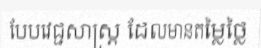
បែបវេជ្ជសាស្ត្រ ដែលមានតម្លៃថ្លៃ